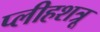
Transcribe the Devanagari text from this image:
प्लीहशत्रू